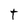
Character: t